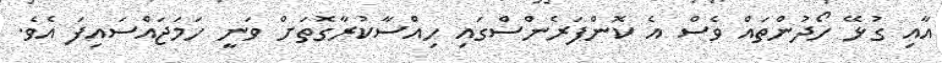
އާއި ގުޅޭ ހޯދުންތައް ވެސް އެ ކޮންފަރެންސްގައި ހިއްސާކުރާގޮތަށް ވަނީ ހަމަޖައްސައިފަ އެވެ.